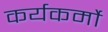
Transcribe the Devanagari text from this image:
कर्यकर्मो